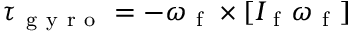
\boldsymbol { \tau } _ { \mathrm { ~ g ~ y ~ r ~ o ~ } } = - \boldsymbol { \omega } _ { \mathrm { ~ f ~ } } \times [ I _ { \mathrm { ~ f ~ } } \boldsymbol { \omega } _ { \mathrm { ~ f ~ } } ]